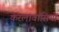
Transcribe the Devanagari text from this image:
केरलावासियों